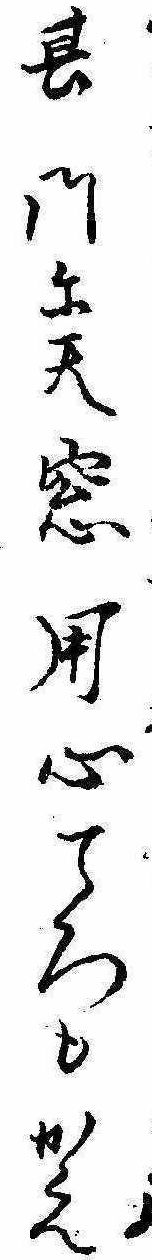
其門に天窓用心ころもかえ